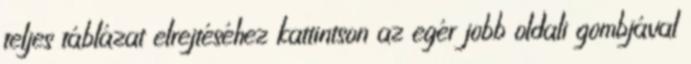
teljes táblázat elrejtéséhez kattintson az egér jobb oldali gombjával